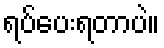
ရပ်ပေးရတာပဲ။